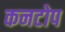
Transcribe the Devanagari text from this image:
कनटोप